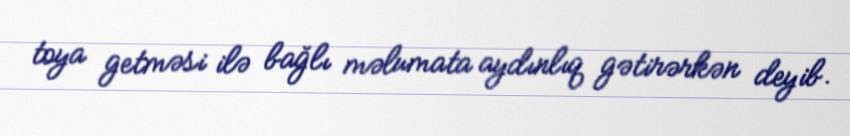
toya getməsi ilə bağlı məlumata aydınlıq gətirərkən deyib.